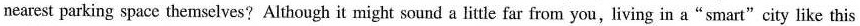
nearest parking space themselves? Although it might sound a litle far from you, living in a"smart"city like this